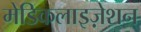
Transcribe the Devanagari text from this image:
मेडिकलाइज़ेशन